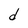
Character: d